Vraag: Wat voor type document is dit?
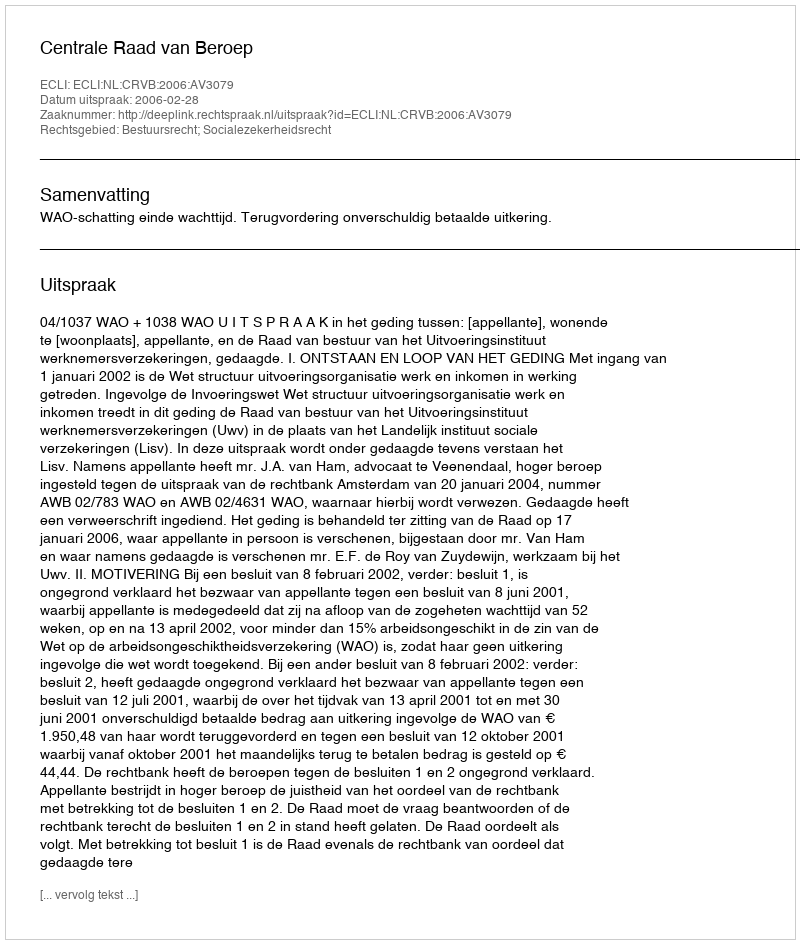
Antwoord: Uitspraak